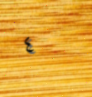
٤